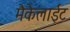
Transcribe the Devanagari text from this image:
मैकेलाईट